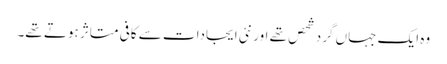
وہ ایک جہاں گرد شحص تھے اور نئی ایجادات سے کافی متاثر ہوتے تھے۔